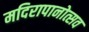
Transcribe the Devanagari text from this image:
मदिरापानोत्सव